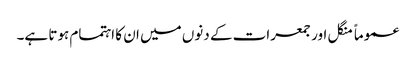
عموماً منگل اور جمعرات کے دنوں میں ان کا اہتمام ہوتا ہے۔